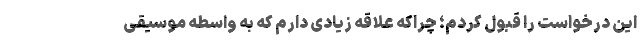
این درخواست را قبول کردم؛ چراکه علاقه زیادی دارم که به واسطه موسیقی